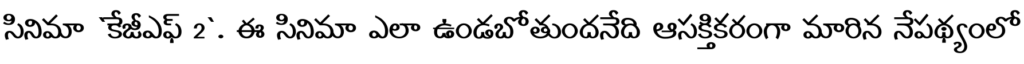
సినిమా `కేజీఎఫ్ 2`. ఈ సినిమా ఎలా ఉండబోతుందనేది ఆసక్తికరంగా మారిన నేపథ్యంలో